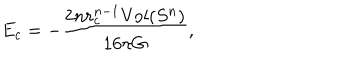
E _ { c } = - \frac { 2 n r _ { c } ^ { n - 1 } \mathrm { V o l } ( S ^ { n } ) } { 1 6 \pi G } ,